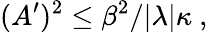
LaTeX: (A^{\prime})^{2}\leq\beta^{2}/|\lambda|\kappa~,